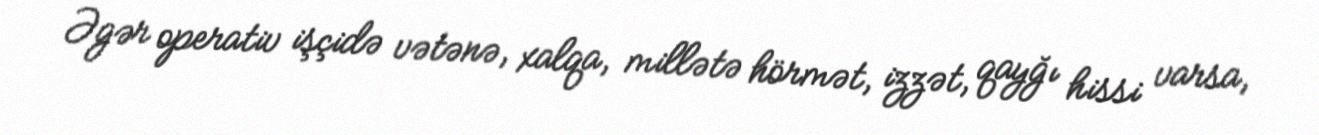
Əgər operativ işçidə vətənə, xalqa, millətə hörmət, izzət, qayğı hissi varsa,